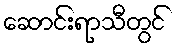
ဆောင်းရာသီတွင်